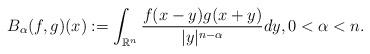
LaTeX: \begin{align*}B_{\alpha}(f,g)(x):=\int_{\mathbb{R}^{n}}\frac{f(x-y)g(x+y)}{|y|^{n-\alpha}}dy,0<\alpha<n.\end{align*}